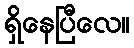
ရှိနေပြီလေ။